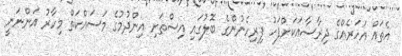
އެތައް އަހަރެއްގެެ ދިރާސާއަކަށްފަހު ފިރިހެނުންގެ ބޮލުގައި އިސްތަށި އިންދުމުގެ މަސައްކަތް މިހާރު އަންނަނީ